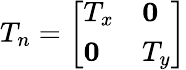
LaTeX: T_{n}=\left[\begin{array}{ll}{T_{x}}&{\mathbf{0}}\\ {\mathbf{0}}&{T_{y}}\end{array}\right]